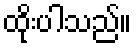
ထိုးပါသည်။